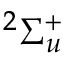
^ { 2 } \Sigma _ { u } ^ { + }